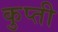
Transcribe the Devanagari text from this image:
कुप्ती